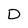
Character: D